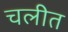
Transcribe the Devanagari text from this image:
चलीत